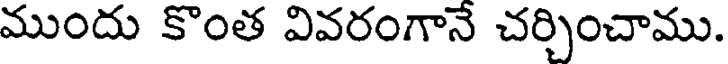
ముందు కొంత వివరంగానే చర్చించాము.